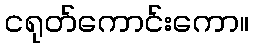
ငရုတ်ကောင်းကော။